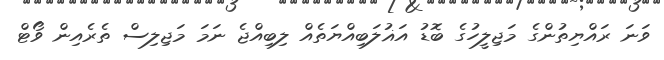
ވަނަ ރައްޔިތުންގެ މަޖިލީހުގެ ބޮޑު އަޣުލަބިއްޔަތެއް ލިބިއްޖެ ނަމަ މަޖިލިސް ތެރެއިން ވޯޓް